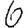
Digit: 6